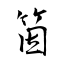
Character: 筃